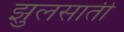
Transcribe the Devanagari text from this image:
झुलसाती